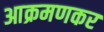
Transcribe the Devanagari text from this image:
आक्रमणकर